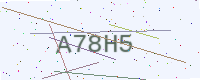
Text: A78H5